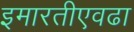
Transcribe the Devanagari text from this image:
इमारतीएवढा